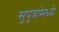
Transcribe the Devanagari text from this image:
सुपुत्रांमध्ये